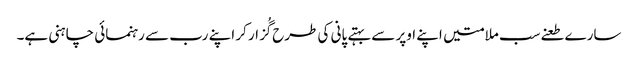
سارے طعنےسب ملامتیں اپنے اوپر سے بہتے پانی کی طرح گُزار کر اپنے رب سے رہنمائی چاہنی ہے۔